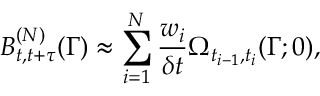
B _ { t , t + \tau } ^ { ( N ) } ( \Gamma ) \approx \sum _ { i = 1 } ^ { N } \frac { w _ { i } } { \delta t } \Omega _ { t _ { i - 1 } , t _ { i } } ( \Gamma ; 0 ) ,